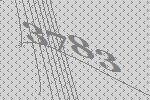
3783